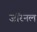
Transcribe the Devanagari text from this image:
जॉरनल